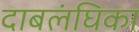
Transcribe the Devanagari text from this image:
दाबलंघिका